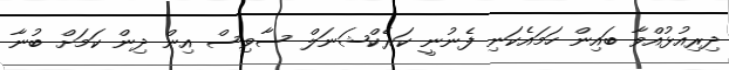
ދިރިއުޅުއްވާ ބައިން ހަމައެކަނި ފެނުނީ ކަރެކްޝަނަލް ސާވިސް އިން ދިން ކަމަށް ބުނާ